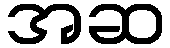
အဆ